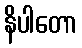
နိပါတော